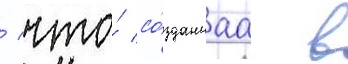
/ что́ со́зданнаа в